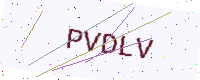
Text: PVDLV